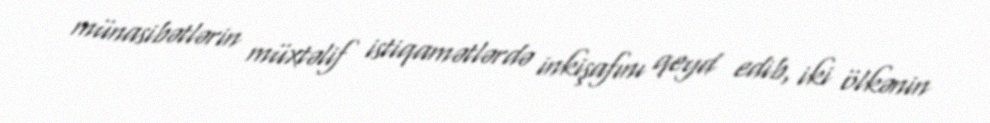
münasibətlərin müxtəlif istiqamətlərdə inkişafını qeyd edib, iki ölkənin